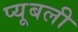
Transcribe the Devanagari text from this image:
प्यूबली